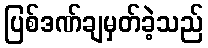
ပြစ်ဒဏ်ချမှတ်ခဲ့သည်